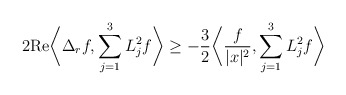
\begin{align*}2 \mathrm{Re}\bigg\langle \Delta_r f, \sum_{j=1}^3 L_j^2f \bigg\rangle \geq -\frac{3}{2} \bigg\langle \frac{f}{|x|^2}, \sum_{j=1}^3 L_j^2f \bigg\rangle \end{align*}